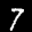
Label: 7